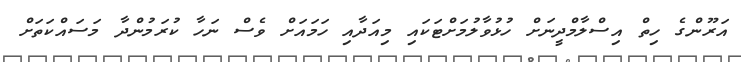
އަރޫންގެ ހިތް އިސްލާމްދީނަށް ހުޅުވާލުމަށްޓަކައި މިއަދާއި ހަމައަށް ވެސް ނަހާ ކުރަމުންދާ މަސައްކަތަށް